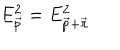
LaTeX: E _ { \vec { p } } ^ { 2 } = E _ { \vec { p } + \vec { \pi } } ^ { 2 }